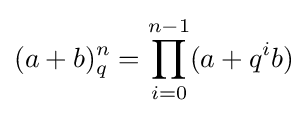
(a+b)_{q}^{n}=\prod _{i=0}^{n-1}(a+q^{i}b)